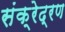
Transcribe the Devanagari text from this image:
संक्रेद्रण